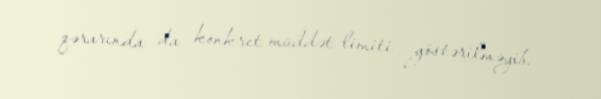
qərarında da konkret müddət limiti göstərilməyib.